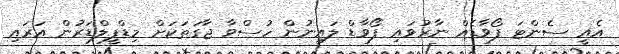
އެއީ ސެންޓަ ފޯވާޑެއް ނާރުވައި ފޯވާޑް ލައިނުން ހުސްވާ ޖާގަތަކަށް މިޑްފީލްޑަރުން އަރައި